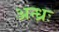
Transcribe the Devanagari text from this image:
अन्ध्रः